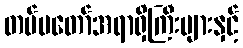
တပ်မတော်အရာရှိကြီးများနှင့်